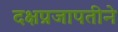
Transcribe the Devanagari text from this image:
दक्षप्रजापतीने